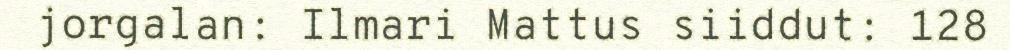
jorgalan: Ilmari Mattus siiddut: 128